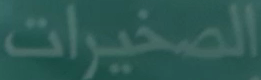
الصخيرات